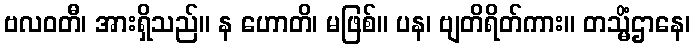
ဗလဝတီ၊ အားရှိသည်။ န ဟောတိ၊ မဖြစ်။ ပန၊ ဗျတိရိတ်ကား။ တသ္မိံဌာနေ၊